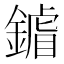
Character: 𨫶